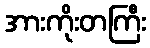
အားကိုးတကြီး